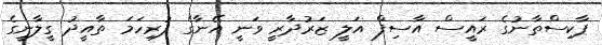
ޕާކިސްތާނުގެ ރައީސް އާސިފް އަލީ ޒަރުދާރީ ވަނީ އޭނާގެ ފުރިހަމަ ތާއީދު ގީލާނީގެ